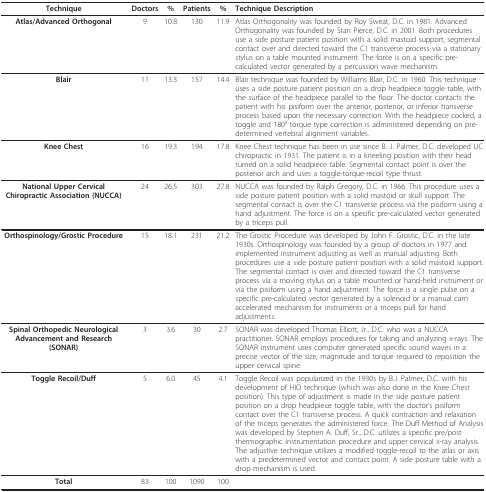
<table><thead><tr><td><b>Technique</b></td><td><b>Doctors</b></td><td><b>%</b></td><td><b>Patients</b></td><td><b>%</b></td><td><b>Technique Description</b></td></tr></thead><tbody><tr><td><b>Atlas/Advanced Orthogonal</b></td><td>9</td><td>10.8</td><td>130</td><td>11.9</td><td>Atlas Orthogonality was founded by Roy Sweat, D.C. in 1981. Advanced Orthogonality was founded by Stan Pierce, D.C. in 2001. Both procedures use a side posture patient position with a solid mastoid support, segmental contact over and directed toward the C1 transverse process via a stationary stylus on a table mounted instrument. The force is on a specific pre-calculated vector generated by a percussion wave mechanism.</td></tr><tr><td><b>Blair</b></td><td>11</td><td>13.3</td><td>157</td><td>14.4</td><td>Blair technique was founded by Williams Blair, D.C. in 1960. This technique uses a side posture patient position on a drop headpiece toggle table, with the surface of the headpiece parallel to the floor. The doctor contacts the patient with his pisiform over the anterior, posterior, or inferior transverse process based upon the necessary correction. With the headpiece cocked, a toggle and 180° torque type correction is administered depending on pre-determined vertebral alignment variables.</td></tr><tr><td><b>Knee Chest</b></td><td>16</td><td>19.3</td><td>194</td><td>17.8</td><td>Knee Chest technique has been in use since B. J. Palmer, D.C. developed UC chiropractic in 1931. The patient is in a kneeling position with their head turned on a solid headpiece table. Segmental contact point is over the posterior arch and uses a toggle-torque-recoil type thrust.</td></tr><tr><td><b>National Upper Cervical Chiropractic Association (NUCCA)</b></td><td>24</td><td>26.5</td><td>303</td><td>27.8</td><td>NUCCA was founded by Ralph Gregory, D.C. in 1966. This procedure uses a side posture patient position with a solid mastoid or skull support. The segmental contact is over the C1 transverse process via the pisiform using a hand adjustment. The force is on a specific pre-calculated vector generated by a triceps pull.</td></tr><tr><td><b>Orthospinology/Grostic Procedure</b></td><td>15</td><td>18.1</td><td>231</td><td>21.2</td><td>The Grostic Procedure was developed by John F. Grostic, D.C. in the late 1930s. Orthospinology was founded by a group of doctors in 1977 and implemented instrument adjusting as well as manual adjusting. Both procedures use a side posture patient position with a solid mastoid support. The segmental contact is over and directed toward the C1 transverse process via a moving stylus on a table mounted or hand-held instrument or via the pisiform using a hand adjustment. The force is a single pulse on a specific pre-calculated vector generated by a solenoid or a manual cam accelerated mechanism for instruments or a triceps pull for hand adjustments.</td></tr><tr><td><b>Spinal Orthopedic Neurological Advancement and Research (SONAR)</b></td><td>3</td><td>3.6</td><td>30</td><td>2.7</td><td>SONAR was developed Thomas Elliott, Jr., D.C. who was a NUCCA practitioner. SONAR employs procedures for taking and analyzing x-rays. The SONAR instrument uses computer generated specific sound waves in a precise vector of the size, magnitude and torque required to reposition the upper cervical spine.</td></tr><tr><td><b>Toggle Recoil/Duff</b></td><td>5</td><td>6.0</td><td>45</td><td>4.1</td><td>Toggle Recoil was popularized in the 1930s by B.J. Palmer, D.C. with his development of HIO technique (which was also done in the Knee Chest position). This type of adjustment is made in the side posture patient position on a drop headpiece toggle table, with the doctor&#x27;s pisiform contact over the C1 transverse process. A quick contraction and relaxation of the triceps generates the administered force. The Duff Method of Analysis was developed by Stephen A. Duff, Sr., D.C. utilizes a specific pre/post thermographic instrumentation procedure and upper cervical x-ray analysis. The adjustive technique utilizes a modified toggle-recoil to the atlas or axis with a predetermined vector and contact point. A side posture table with a drop mechanism is used.</td></tr><tr><td><b>Total</b></td><td>83</td><td>100</td><td>1090</td><td>100</td><td></td></tr></tbody></table>